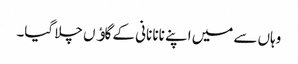
وہاں سے میں اپنے نانا نانی کے گاﺅں چلا گیا۔